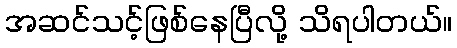
အဆင်သင့်ဖြစ်နေပြီလို့ သိရပါတယ်။